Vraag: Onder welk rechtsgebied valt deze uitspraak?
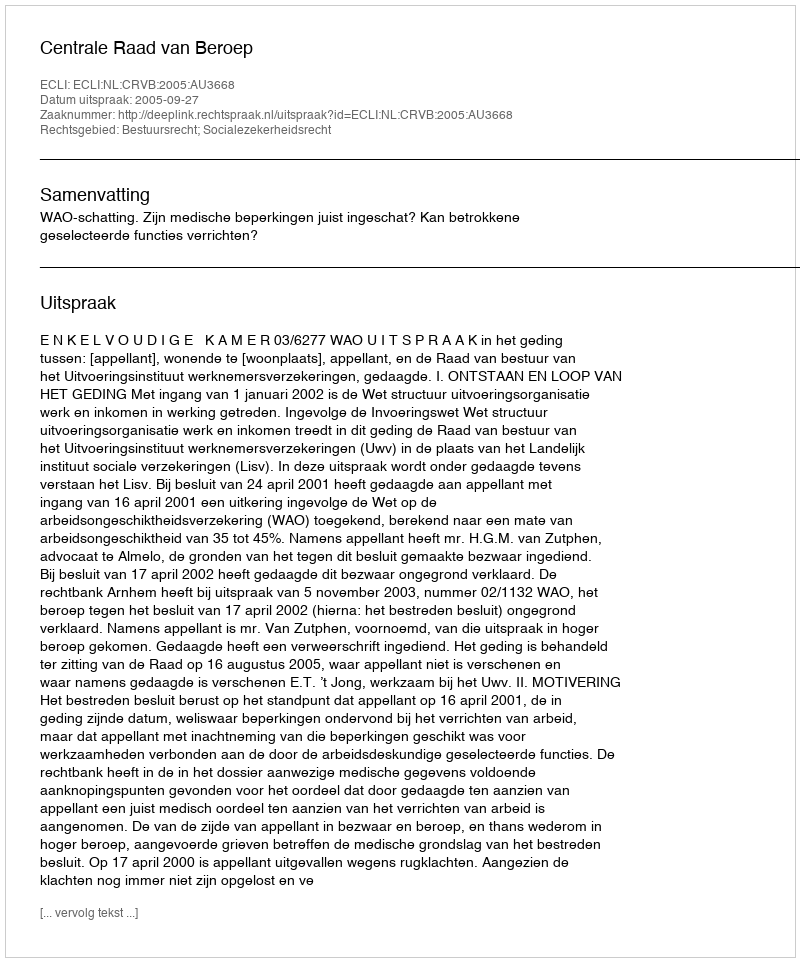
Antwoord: Bestuursrecht; Socialezekerheidsrecht